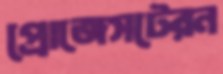
প্রোজেসটেরন